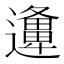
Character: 𨘡